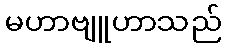
မဟာဗျူဟာသည်